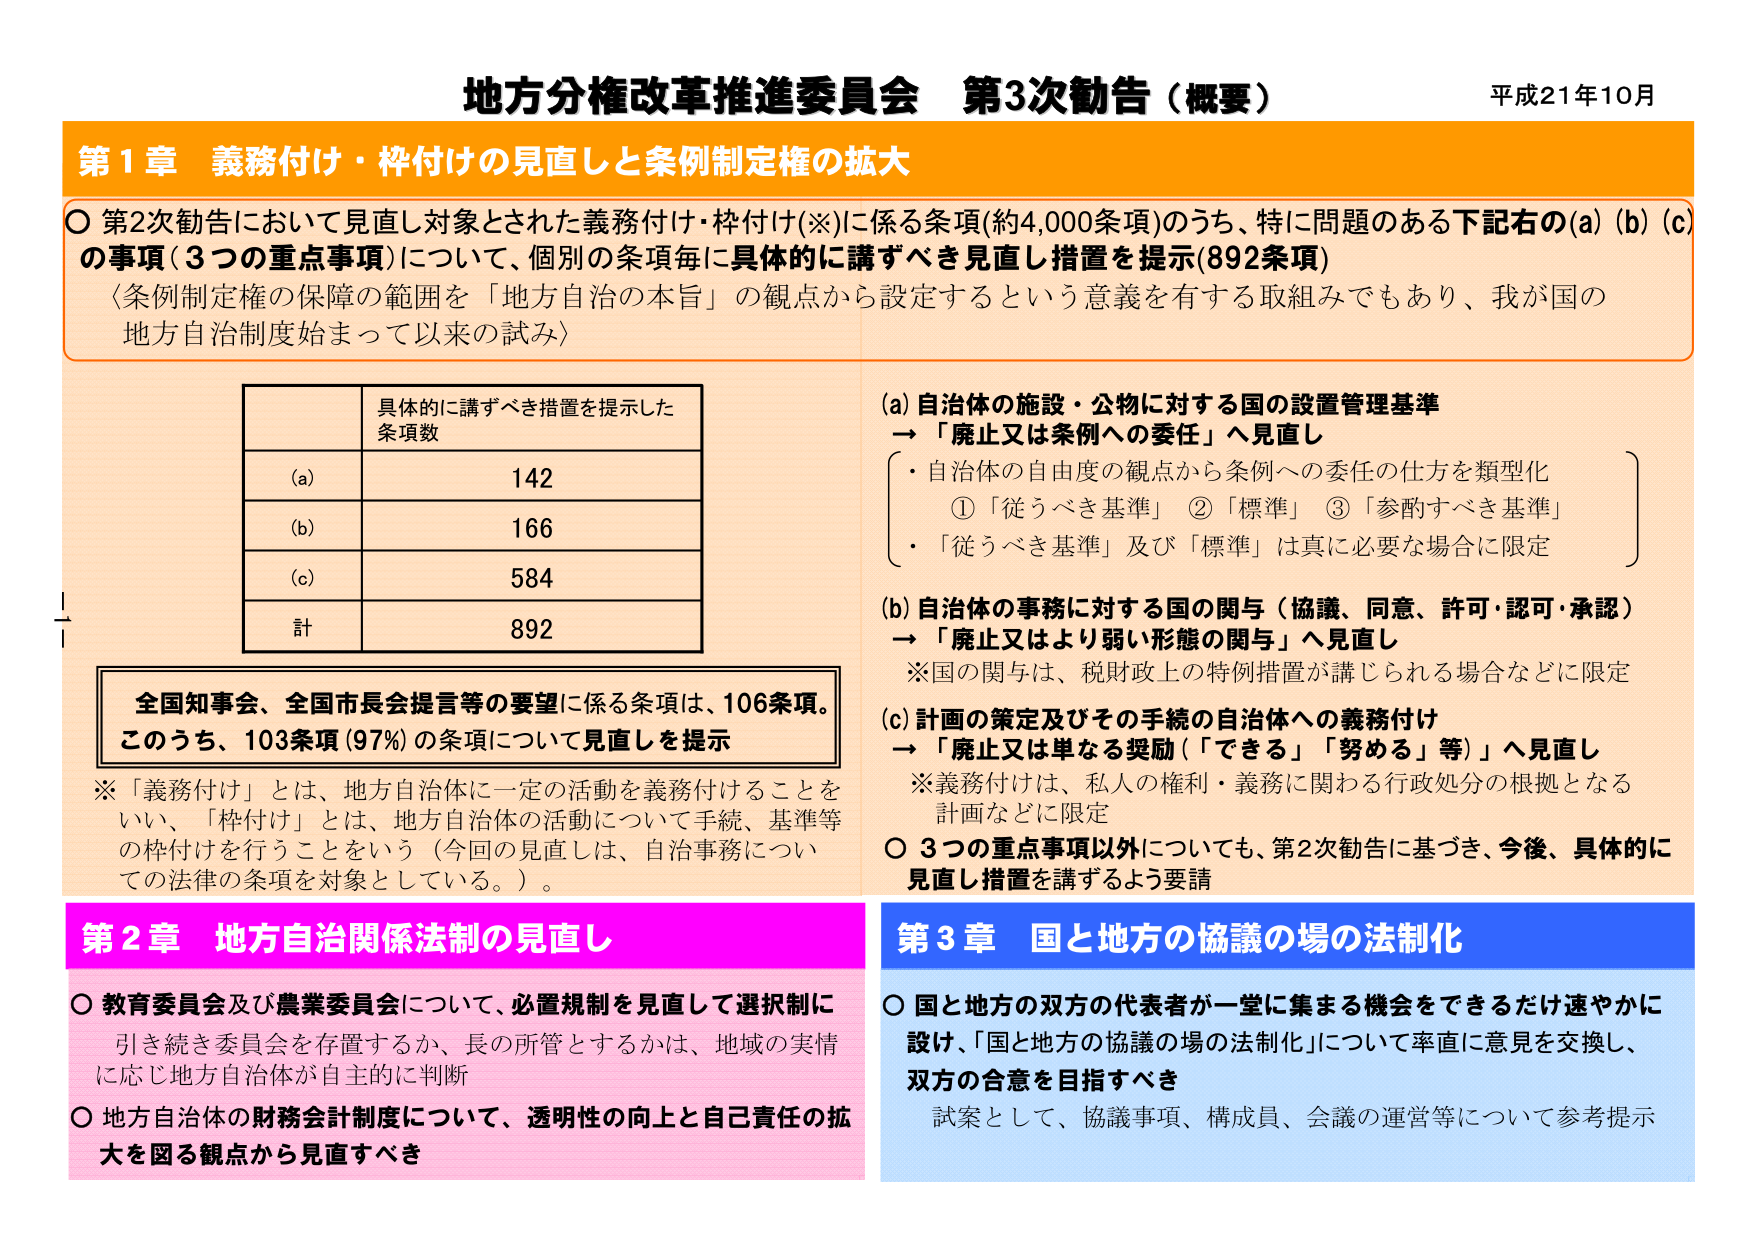
地方分権改革推進委員会 第3次勧告（概要） 平成21年10月
第1章 義務付け・枠付けの見直しと条例制定権の拡大
○ 第2次勧告において見直し対象とされた義務付け・枠付け(※)に係る条項(約4,000条項)のうち、特に問題のある下記右の(a)(b)(c)の事項（3つの重点事項）について、個別の条項毎に具体的に講ずべき見直し措置を提示(892条項)
〈条例制定権の保障の範囲を「地方自治の本旨」の観点から設定するという意義を有する取組みでもあり、我が国の地方自治制度始まって以来の試み〉

具体的に講ずべき措置を提示した条項数
(a) 142
(b) 166
(c) 584
計 892

全国知事会、全国市長会提言等の要望に係る条項は、106条項。
このうち、103条項（97%）の条項について見直しを提示

※「義務付け」とは、地方自治体に一定の活動を義務付けることをいい、「枠付け」とは、地方自治体の活動について手続、基準等の枠付けを行うことをいう（今回の見直しは、自治事務についての法律の条項を対象としている。）。

(a) 自治体の施設・公物に対する国の設置管理基準
→「廃止又は条例への委任」へ見直し
・自治体の自由度の観点から条例への委任の仕方を類型化
　①「従うべき基準」　②「標準」　③「参酌すべき基準」
・「従うべき基準」及び「標準」は真に必要な場合に限定

(b) 自治体の事務に対する国の関与（協議、同意、許可・認可・承認）
→「廃止又はより弱い形態の関与」へ見直し
※国の関与は、税財政上の特例措置が講じられる場合などに限定

(c) 計画の策定及びその手続の自治体への義務付け
→「廃止又は単なる奨励（「できる」「努める」等）」へ見直し
※義務付けは、私人の権利・義務に関わる行政処分の根拠となる計画などに限定

○ 3つの重点事項以外についても、第2次勧告に基づき、今後、具体的に見直し措置を講ずるよう要請

第2章 地方自治関係法制の見直し
○ 教育委員会及び農業委員会について、必置規制を見直して選択制に引き続き委員会を存置するか、長の所管とするかは、地域の実情に応じ地方自治体が自主的に判断
○ 地方自治体の財務会計制度について、透明性の向上と自己責任の拡大を図る観点から見直すべき

第3章 国と地方の協議の場の法制化
○ 国と地方の双方の代表者が一堂に集まる機会をできるだけ速やかに設け、「国と地方の協議の場の法制化」について率直に意見を交換し、双方の合意を目指すべき
　試案として、協議事項、構成員、会議の運営等について参考提示